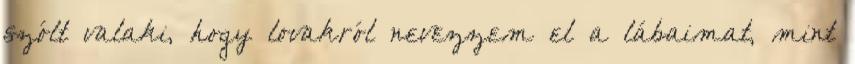
szólt valaki, hogy lovakról nevezzem el a lábaimat, mint